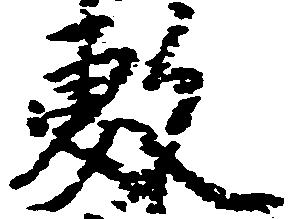
敷